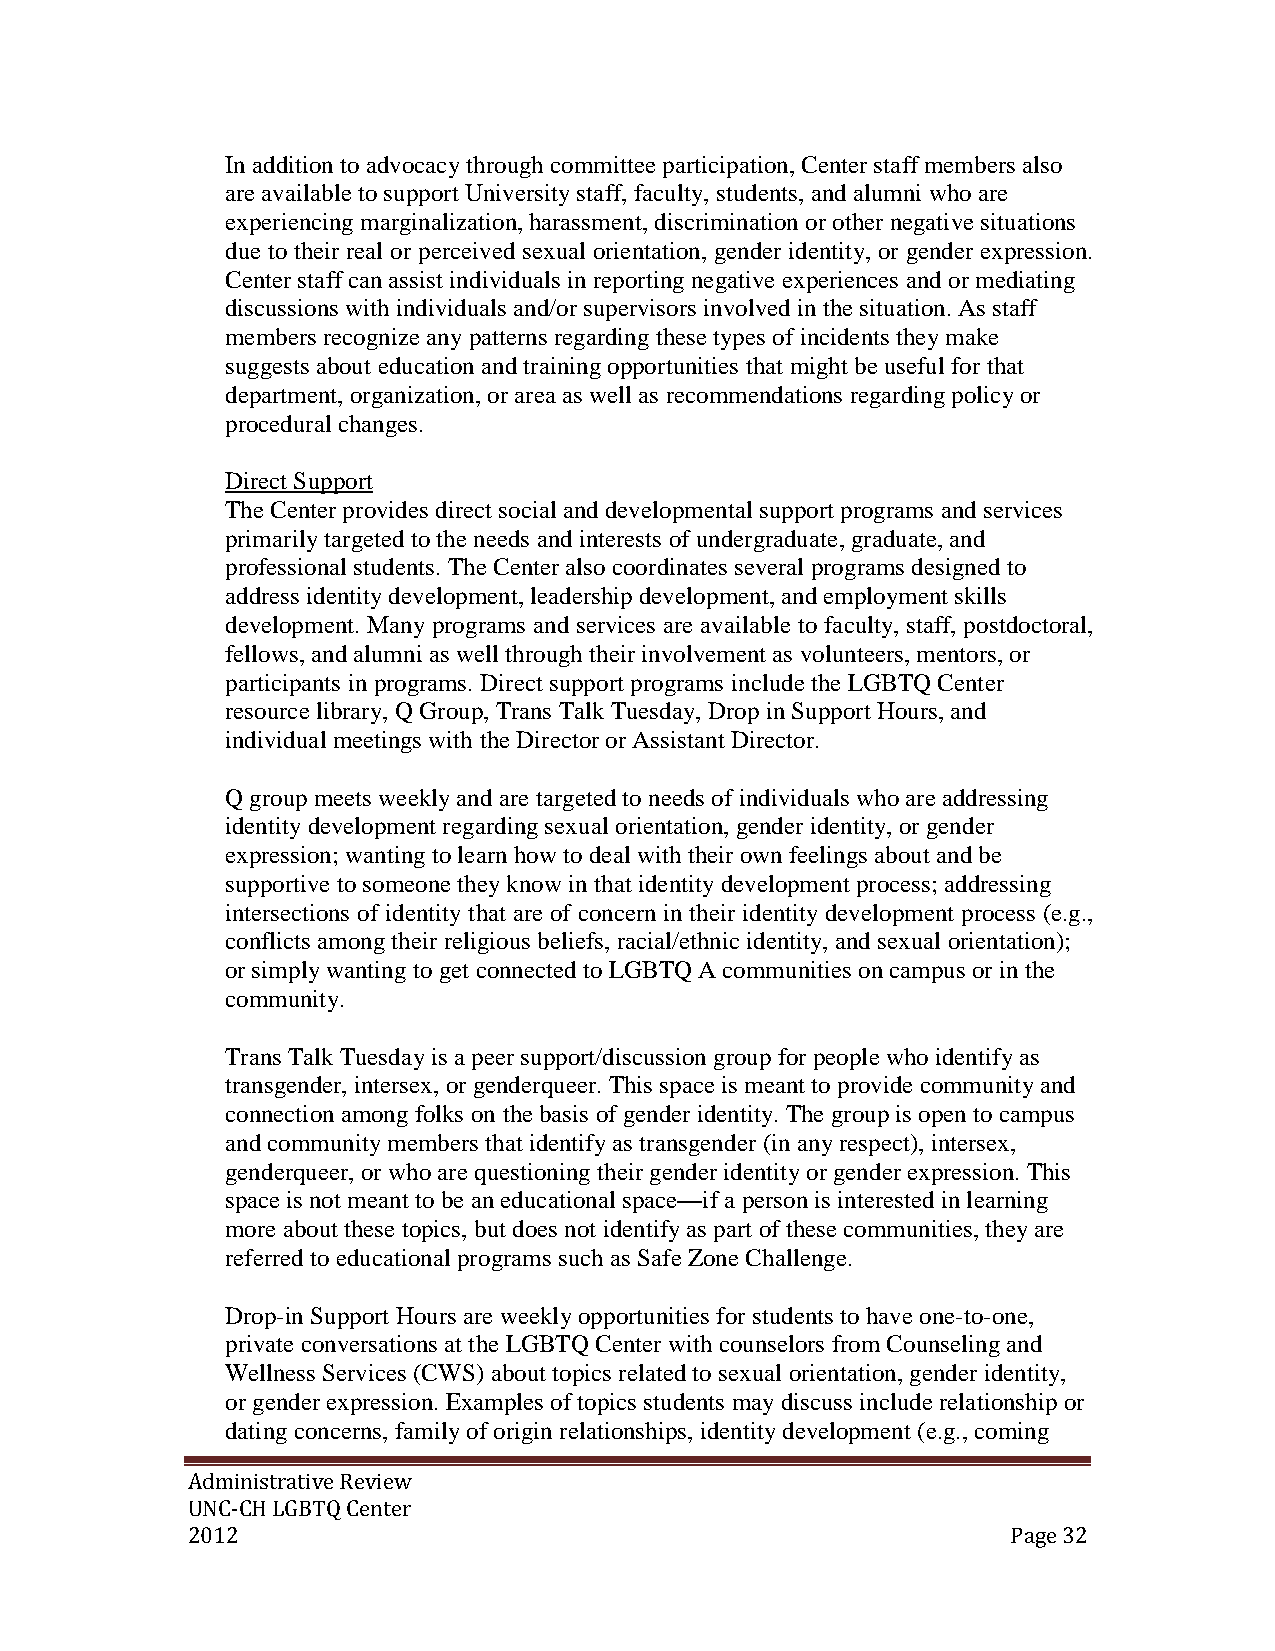
In addition to advocacy through committee participation, Center staff members also
 are available to support University staff, faculty, students, and alumni who are
 experiencing marginalization, harassment, discrimination or other negative situations
 due to their real or perceived sexual orientation, gender identity, or gender expression.
 Center staff can assist individuals in reporting negative experiences and or mediating
 discussions with individuals and/or supervisors involved in the situation. As staff
 members recognize any patterns regarding these types of incidents they make
 suggests about education and training opportunities that might be useful for that
 department, organization, or area as well as recommendations regarding policy or
 procedural changes.
 Direct Support
 The Center provides direct social and developmental support programs and services
 primarily targeted to the needs and interests of undergraduate, graduate, and
 professional students. The Center also coordinates several programs designed to
 address identity development, leadership development, and employment skills
 development. Many programs and services are available to faculty, staff, postdoctoral,
 fellows, and alumni as well through their involvement as volunteers, mentors, or
 participants in programs. Direct support programs include the LGBTQ Center
 resource library, Q Group, Trans Talk Tuesday, Drop in Support Hours, and
 individual meetings with the Director or Assistant Director.
 Q group meets weekly and are targeted to needs of individuals who are addressing
 identity development regarding sexual orientation, gender identity, or gender
 expression; wanting to learn how to deal with their own feelings about and be
 supportive to someone they know in that identity development process; addressing
 intersections of identity that are of concern in their identity development process (e.g.,
 conflicts among their religious beliefs, racial/ethnic identity, and sexual orientation);
 or simply wanting to get connected to LGBTQ A communities on campus or in the
 community.
 Trans Talk Tuesday is a peer support/discussion group for people who identify as
 transgender, intersex, or genderqueer. This space is meant to provide community and
 connection among folks on the basis of gender identity. The group is open to campus
 and community members that identify as transgender (in any respect), intersex,
 genderqueer, or who are questioning their gender identity or gender expression. This
 space is not meant to be an educational space—if a person is interested in learning
 more about these topics, but does not identify as part of these communities, they are
 referred to educational programs such as Safe Zone Challenge.
 Drop-in Support Hours are weekly opportunities for students to have one-to-one,
 private conversations at the LGBTQ Center with counselors from Counseling and
 Wellness Services (CWS) about topics related to sexual orientation, gender identity,
 or gender expression. Examples of topics students may discuss include relationship or
 dating concerns, family of origin relationships, identity development (e.g., coming
 Administrative Review
 UNC-CH LGBTQ Center
 2012                                                   Page 32